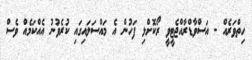
ހިތްވަރެއް - އަސްވާޑްރާއްޖެޓީވީ ރޯކޮށްލި ފަހުން އެ މައްސަލައިގައި ކުރެވުނު އެއްކަމެއް ވެސް